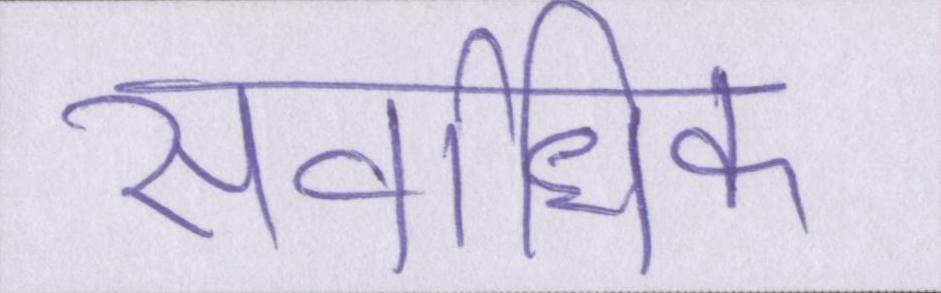
सर्वाधिक